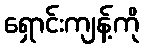
ရှောင်းကျန့်ကို